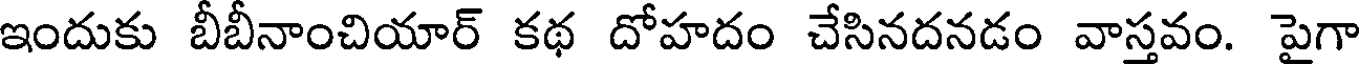
ఇందుకు బీబీనాంచియార్ కథ దోహదం చేసినదనడం వాస్తవం. పైగా